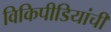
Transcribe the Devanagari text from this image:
विकिपीडियांची